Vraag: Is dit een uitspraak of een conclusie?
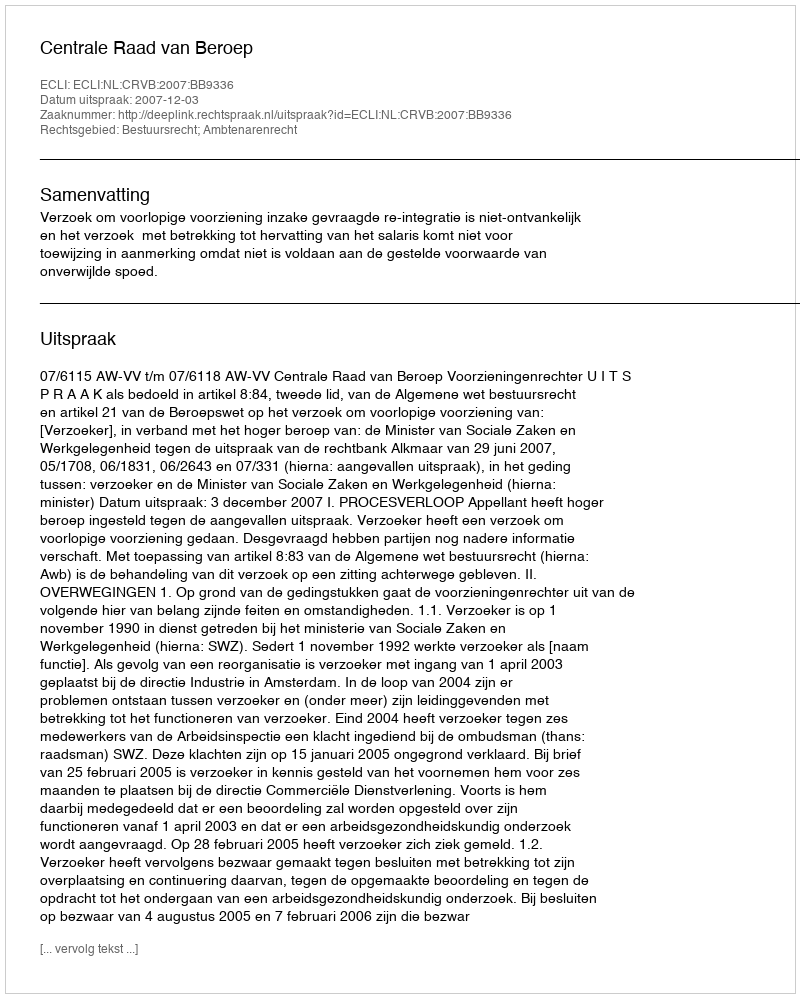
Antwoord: Uitspraak